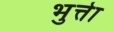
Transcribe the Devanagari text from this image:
भुत्तेा